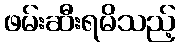
ဖမ်းဆီးရမိသည့်